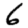
Digit: 6